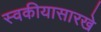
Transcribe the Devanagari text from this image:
स्वकीयासारखे